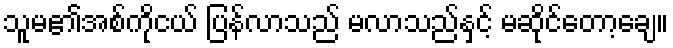
သူမ၏အစ်ကိုငယ် ပြန်လာသည် မလာသည်နှင့် မဆိုင်တော့ချေ။